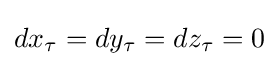
dx_{\tau }=dy_{\tau }=dz_{\tau }=0